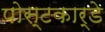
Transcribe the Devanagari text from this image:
पोस्टकार्डे